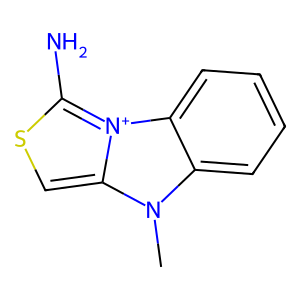
SMILES: Cn1c2ccccc2[n+]2c(N)scc12
Inhibits HIV replication: No